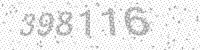
Solution: 398116